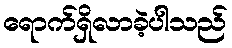
ရောက်ရှိလာခဲ့ပါသည်